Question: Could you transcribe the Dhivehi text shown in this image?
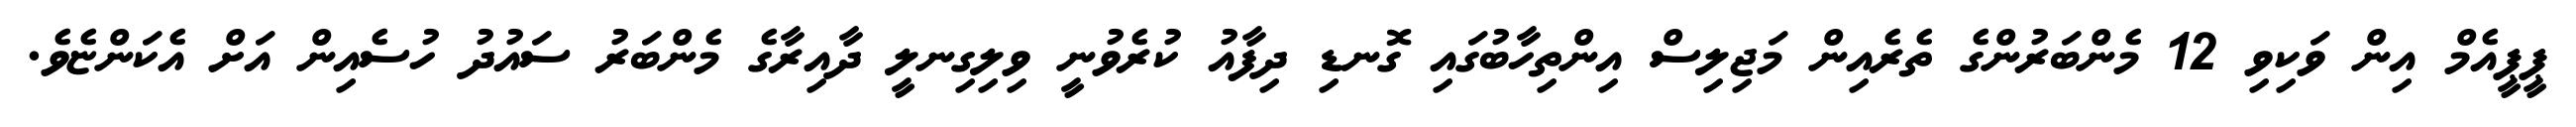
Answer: ޕީޕީއެމް އިން ވަކިވި 12 މެންބަރުންގެ ތެރެއިން މަޖިލިސް އިންތިހާބުގައި ގޮނޑި ދިފާއު ކުރެވުނީ ވިލިގިނލީ ދާއިރާގެ މެންބަރު ސައުދު ހުސެއިން އަށް އެކަންޏެވެ.